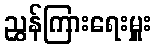
ညွှန်ကြားရေးမှူး